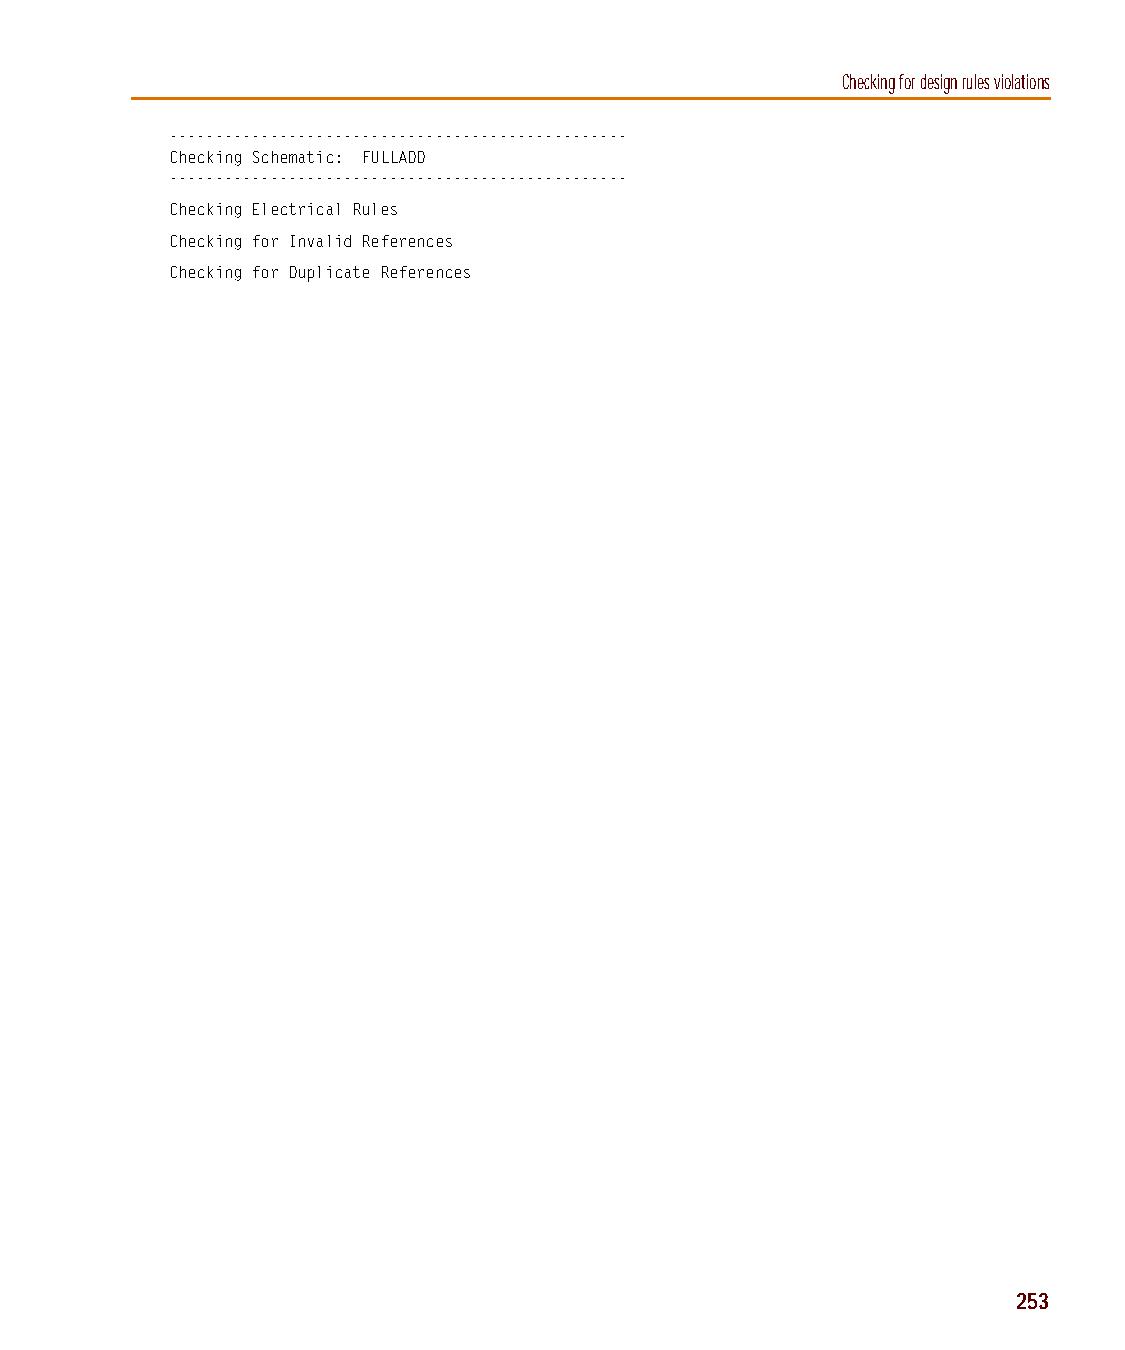
capug.book Page 253 Thursday, November 12, 1998 3:38 PM
 Checking for design rules violations
 --------------------------------------------------
 Checking Schematic: FULLADD
 --------------------------------------------------
 Checking Electrical Rules
 Checking for Invalid References
 Checking for Duplicate References
 253